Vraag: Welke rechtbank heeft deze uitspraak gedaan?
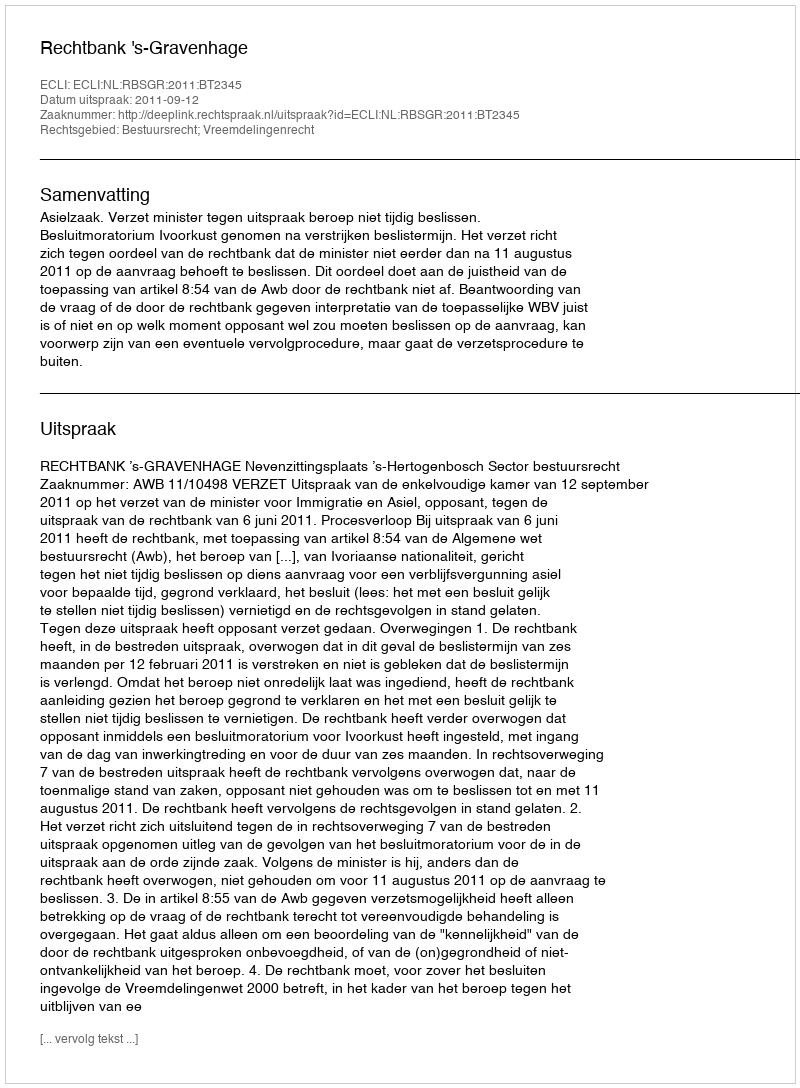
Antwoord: Rechtbank 's-Gravenhage